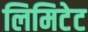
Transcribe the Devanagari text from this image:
लिमिटेट